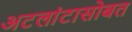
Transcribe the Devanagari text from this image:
अटलांटासोबत